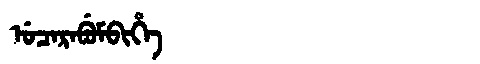
Manchu: ᡠᠴᠠᡵᠠᠪᡠᠮᠪᡳᡥᡝ
Romanization: UCARABUMBIHE